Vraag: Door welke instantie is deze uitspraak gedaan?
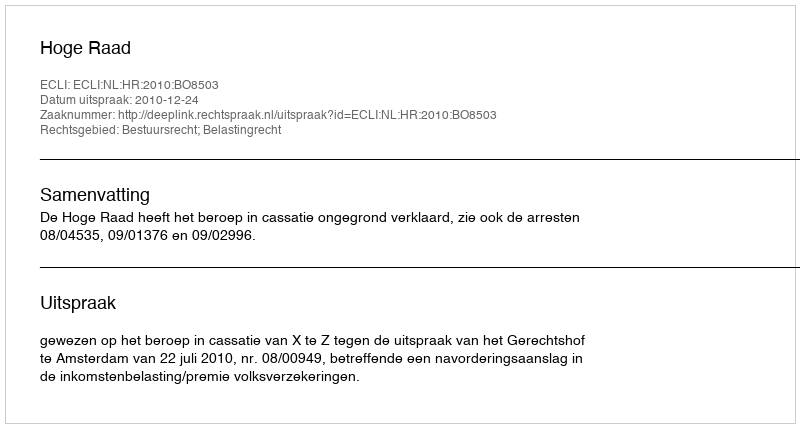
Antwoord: Hoge Raad